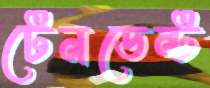
টেনডেন্ট